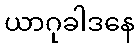
ယာဂုခါဒနေ